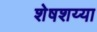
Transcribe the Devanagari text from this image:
शेषशय्या